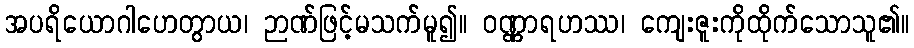
အပရိယောဂါဟေတွာယ၊ ဉာဏ်ဖြင့်မသက်မူ၍။ ဝဏ္ဏာရဟဿ၊ ကျေးဇူးကိုထိုက်သောသူ၏။